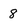
Character: 8